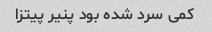
کمی سرد شده بود پنیر پیتزا